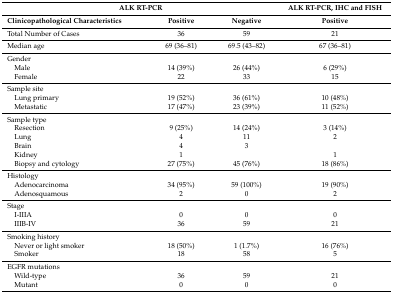
<table><thead><tr><td colspan="3"><b>ALK RT-PCR</b></td><td><b>ALK RT-PCR, IHC and FISH</b></td></tr><tr><td><b>Clinicopathological Characteristics</b></td><td><b>Positive</b></td><td><b>Negative</b></td><td><b>Positive</b></td></tr></thead><tbody><tr><td>Total Number of Cases</td><td>36</td><td>59</td><td>21</td></tr><tr><td>Median age</td><td>69 (36–81)</td><td>69.5 (43–82)</td><td>67 (36–81)</td></tr><tr><td>Gender</td><td></td><td></td><td></td></tr><tr><td> Male</td><td>14 (39%)</td><td>26 (44%)</td><td>6 (29%)</td></tr><tr><td> Female</td><td>22</td><td>33</td><td>15</td></tr><tr><td>Sample site</td><td></td><td></td><td></td></tr><tr><td> Lung primary</td><td>19 (52%)</td><td>36 (61%)</td><td>10 (48%)</td></tr><tr><td> Metastatic</td><td>17 (47%)</td><td>23 (39%)</td><td>11 (52%)</td></tr><tr><td>Sample type</td><td></td><td></td><td></td></tr><tr><td> Resection</td><td>9 (25%)</td><td>14 (24%)</td><td>3 (14%)</td></tr><tr><td> Lung</td><td>4</td><td>11</td><td>2</td></tr><tr><td> Brain</td><td>4</td><td>3</td><td></td></tr><tr><td> Kidney</td><td>1</td><td></td><td>1</td></tr><tr><td> Biopsy and cytology</td><td>27 (75%)</td><td>45 (76%)</td><td>18 (86%)</td></tr><tr><td>Histology</td><td></td><td></td><td></td></tr><tr><td> Adenocarcinoma</td><td>34 (95%)</td><td>59 (100%)</td><td>19 (90%)</td></tr><tr><td> Adenosquamous</td><td>2</td><td>0</td><td>2</td></tr><tr><td>Stage</td><td></td><td></td><td></td></tr><tr><td> I-IIIA</td><td>0</td><td>0</td><td>0</td></tr><tr><td> IIIB-IV</td><td>36</td><td>59</td><td>21</td></tr><tr><td>Smoking history</td><td></td><td></td><td></td></tr><tr><td> Never or light smoker</td><td>18 (50%)</td><td>1 (1.7%)</td><td>16 (76%)</td></tr><tr><td> Smoker </td><td>18</td><td>58</td><td>5</td></tr><tr><td>EGFR mutations</td><td></td><td></td><td></td></tr><tr><td> Wild-type</td><td>36</td><td>59</td><td>21</td></tr><tr><td> Mutant</td><td>0</td><td>0</td><td>0</td></tr></tbody></table>